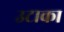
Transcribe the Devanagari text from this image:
उटाका